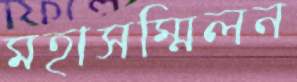
মহাসম্মিলন